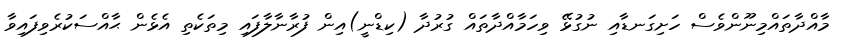
މާއްދާތައްމިނޫންވެސް ހަށިގަނޑާއި ނުގުޅޭ ވިހަމާއްދާތައް ގުރުދާ (ކިޑްނީ)އިން ފުރާނާލާފައި މިތަކެތި އެޅެން ޙާއްސަކުރެވިފައިވާ